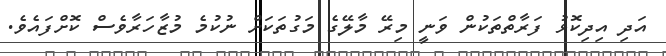
އަދި އިދިކޮޅު ފަރާތްތަކުން ވަނީ މިރޭ މާލޭގެ މަގުތަކަށް ނުކުމެ މުޒާހަރާވެސް ކޮށްފައެވެ.